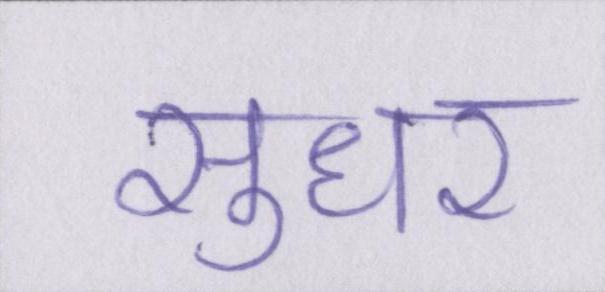
सुधर